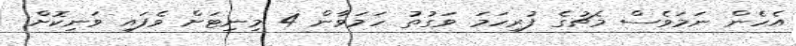
އެހެން ނަަމަވެސް މެޗުގެ ފުރިހަމަ ވަގުތު ހަމަވާން 4 މިނިޓަށް ވެފައި ވަނިކޮށް